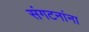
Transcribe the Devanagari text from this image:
संगटनांना